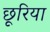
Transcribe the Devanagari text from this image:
छूरिया